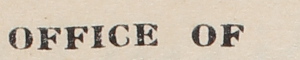
OFFICE OF